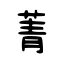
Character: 菁